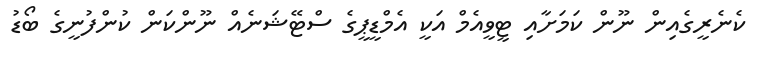
ކެނެރީގެއިން ނޫން ކަމަށާއި ޓީވީއެމް އަކީ އެމްޑީޕީގެ ސްޓޭޝަނެއް ނޫންކަން ކުންފުނީގެ ބޯޑު